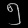
Digit: ၅